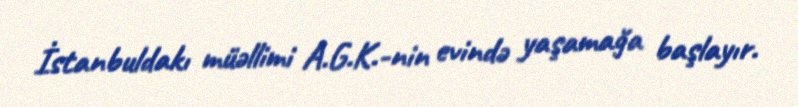
İstanbuldakı müəllimi A.G.K.-nin evində yaşamağa başlayır.